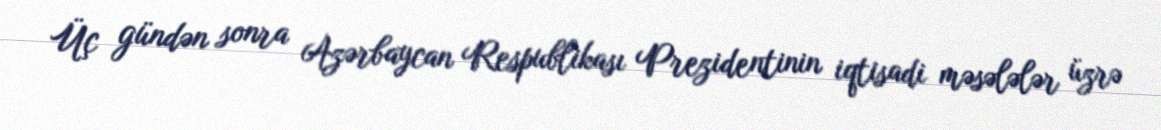
Üç gündən sonra Azərbaycan Respublikası Prezidentinin iqtisadi məsələlər üzrə